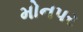
મોનપર